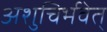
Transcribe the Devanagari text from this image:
अशुचिर्भवेत्